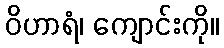
ဝိဟာရံ၊ ကျောင်းကို။